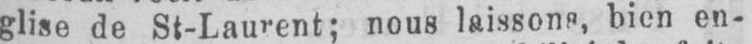
glise de St-Laurent; nous laissons, bien en-